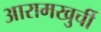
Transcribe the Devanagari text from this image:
आरामखुर्ची